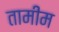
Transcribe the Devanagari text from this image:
तामीम